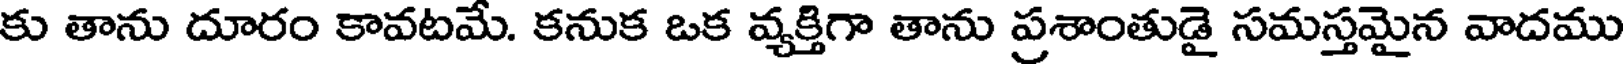
కు తాను దూరం కావటమే. కనుక ఒక వ్యక్తిగా తాను ప్రశాంతుడై సమస్తమైన వాదము